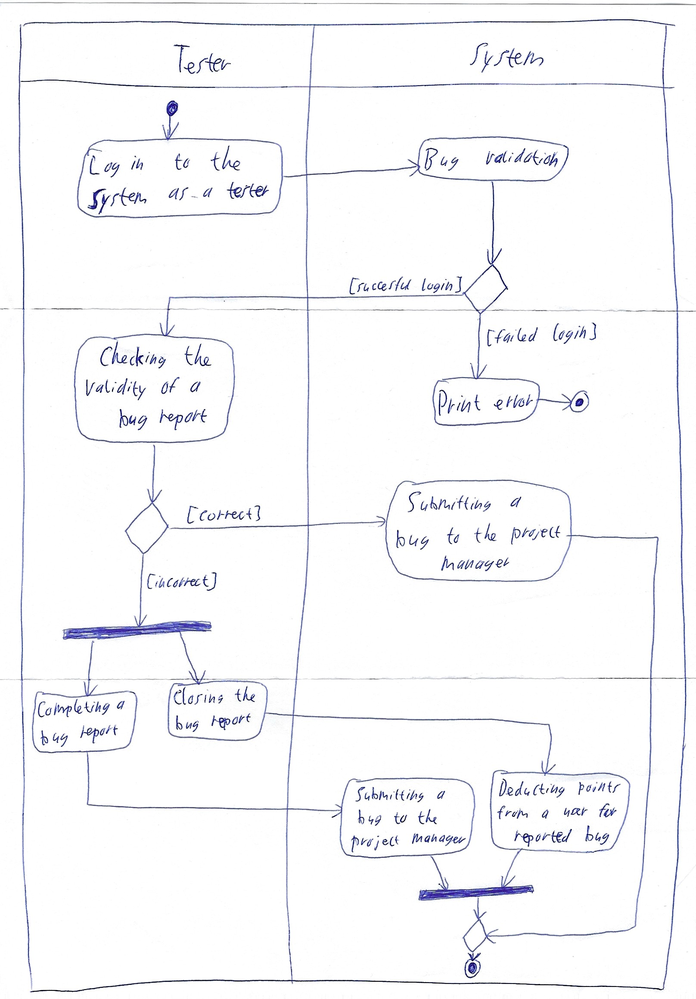
Diagram type: activity_diagram
```plantuml
@startuml

|Tester|

start

:Log in to the system as a tester;

|System|

:Bug validation;

if () then ([succesful login])
  |Tester|
  :Checking the validity of a bug report;
  if () then ([correct])
    |System|
    :Submitting a bug to the project manager;
  else ([incorrect])
    |Tester|
    fork
      :Completing a bug report;
      |System|
      :Submitting a bug to the project manager;
    fork again
      |Tester|
      :Closing the bug report;
      |System|
      :Deducting points from a user for reported bug;
    end fork
  endif
else ([failed login])
  :Print error;
  stop
endif

stop

@enduml
```